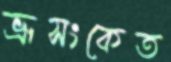
ভ্রূসংকেত